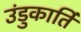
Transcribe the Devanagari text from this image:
उंडुकार्ति